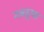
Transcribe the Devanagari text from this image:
नवदुग्ध